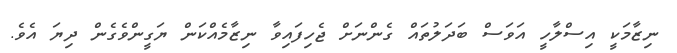
ނިޒާމަކީ އިސްލާހީ އަވަސް ބަދަލުތައް ގެންނަށް ޖެހިފައިވާ ނިޒާމެއްކަން ޔަގީންވެގެން ދިޔަ އެވެ.